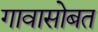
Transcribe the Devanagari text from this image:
गावासोबत